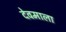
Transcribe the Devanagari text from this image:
देवमाला